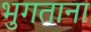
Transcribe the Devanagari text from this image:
भुगताना